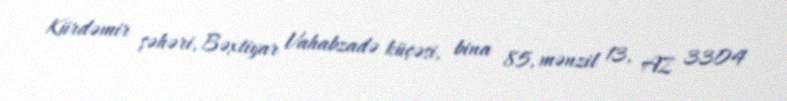
Kürdəmir şəhəri, Bəxtiyar Vahabzadə küçəsi, bina 85, mənzil 13, AZ 3304